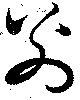
別